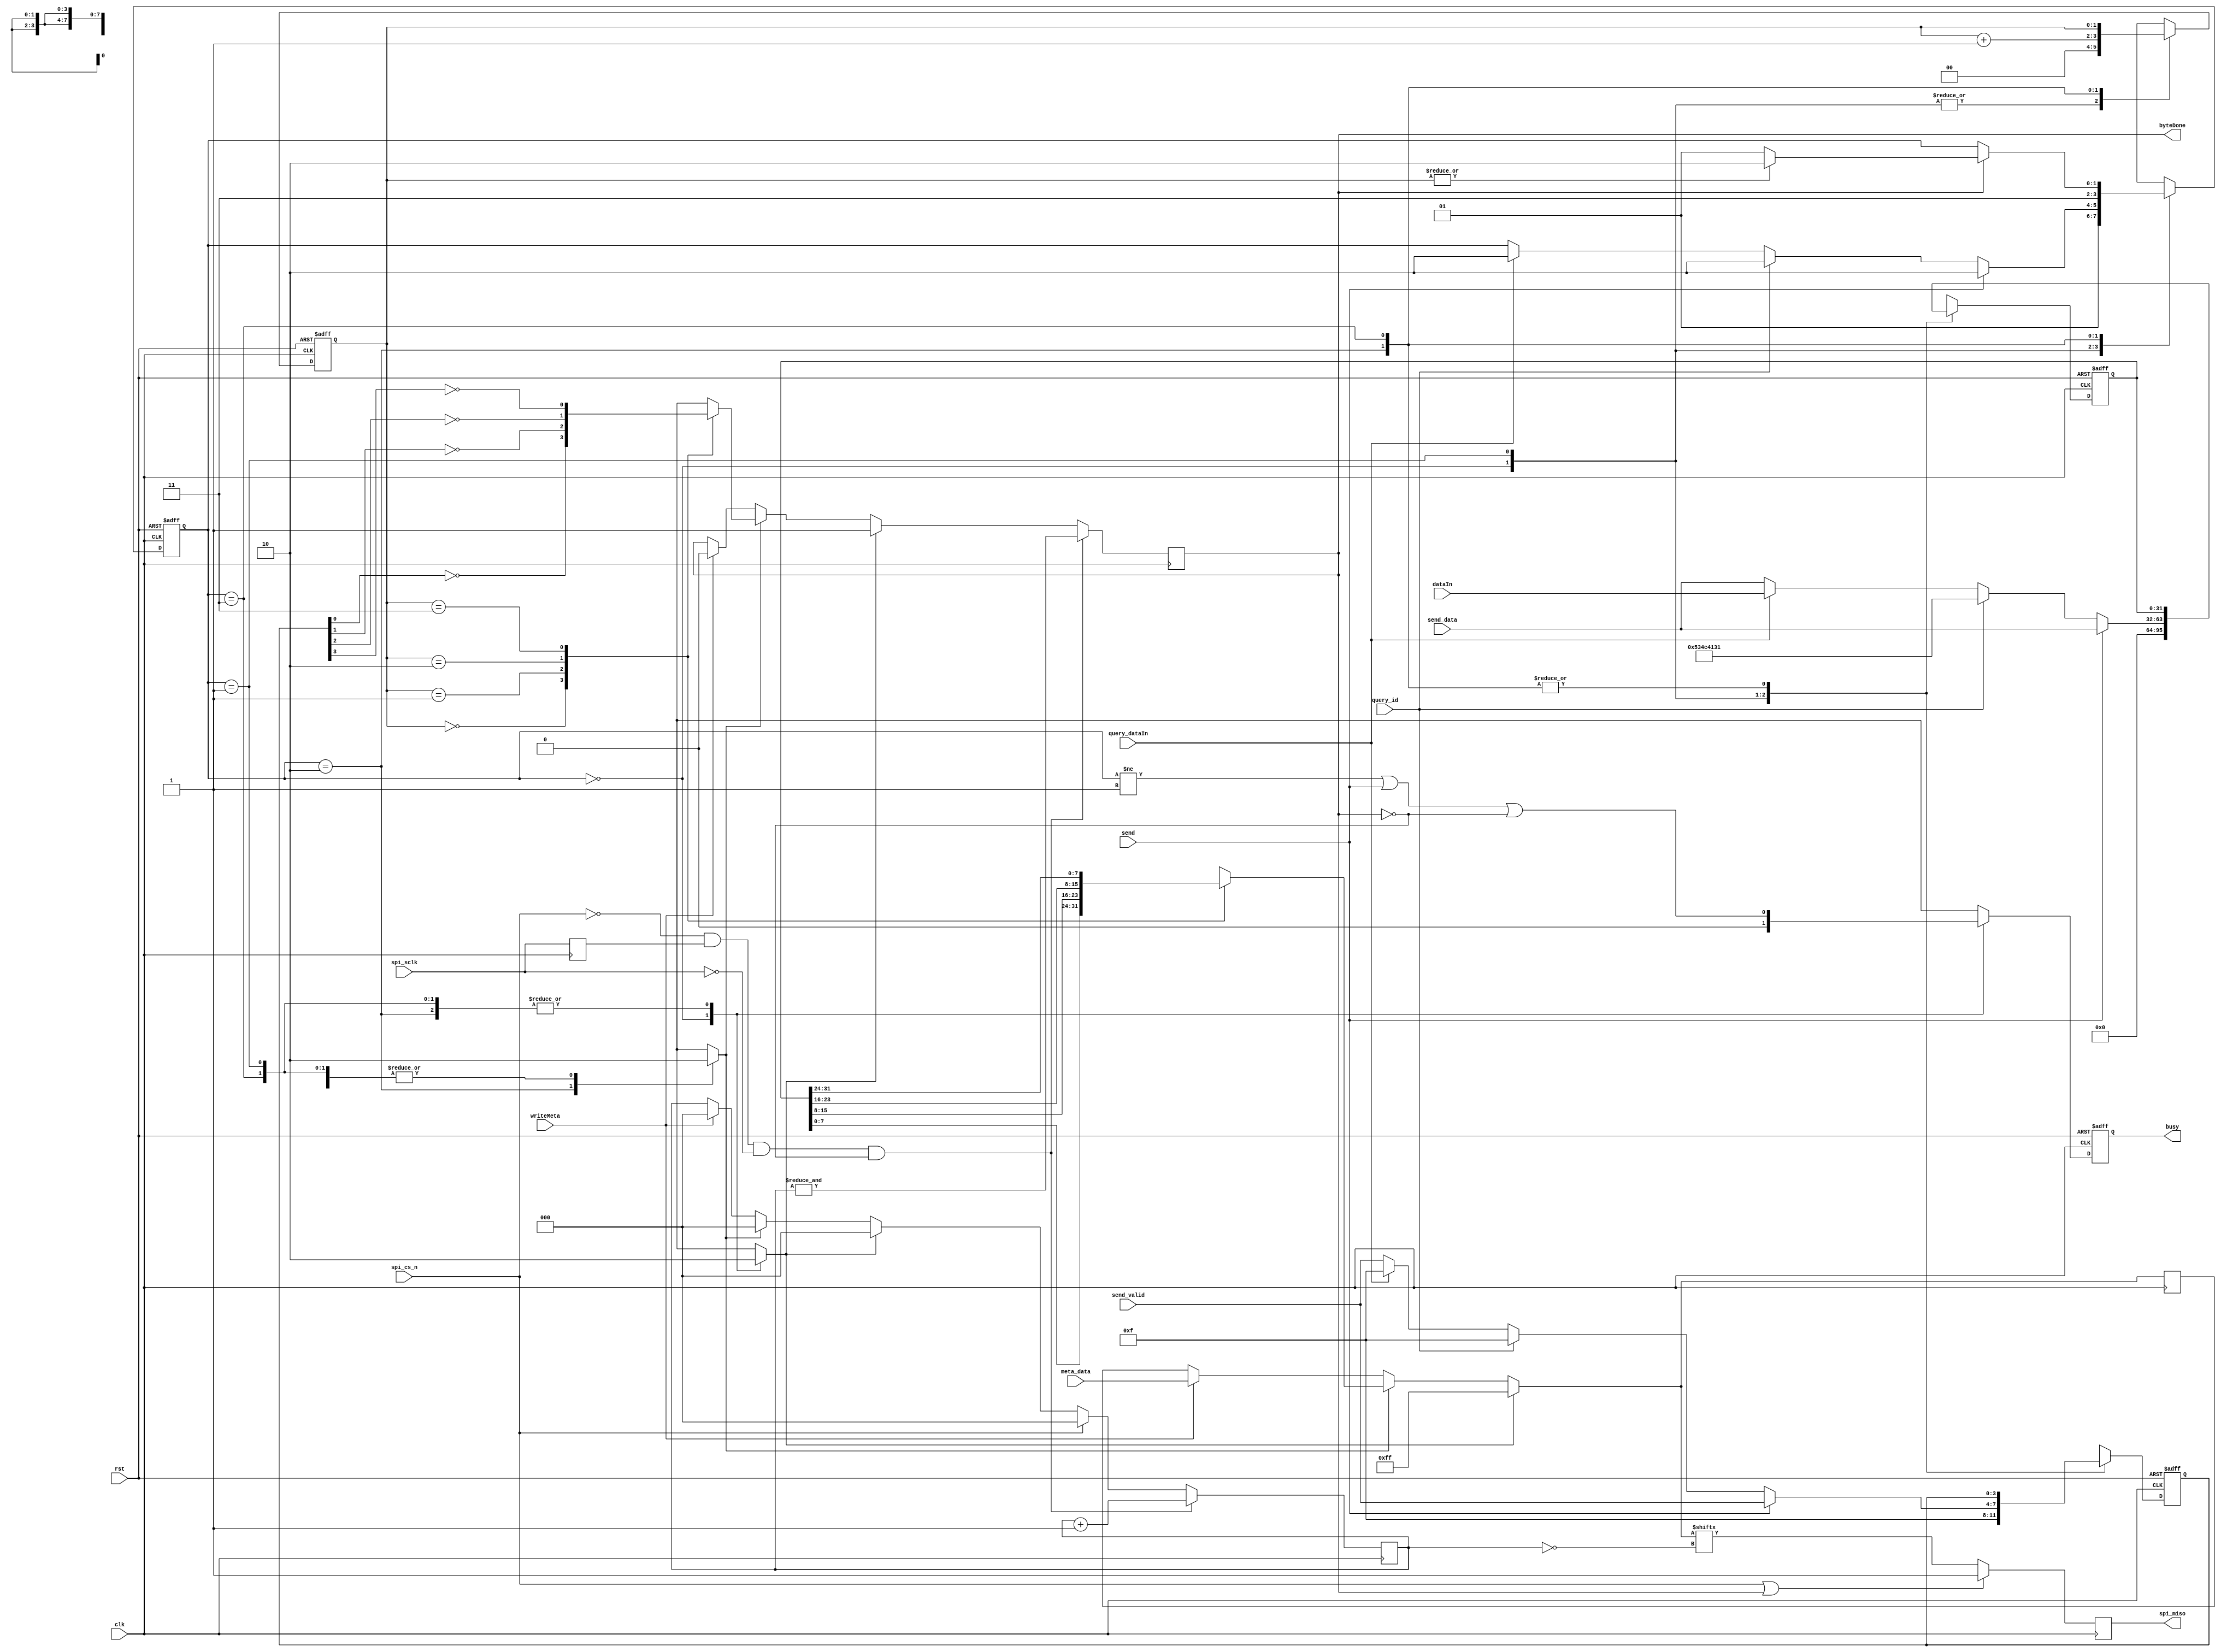
module spi_transmitter (
  // system signals
  input  wire        clk,
  input  wire        rst,
  // SIP signals
  input  wire        spi_cs_n,
  input  wire        spi_sclk,
  output reg         spi_miso,
  //
  input  wire        send,
  input  wire [31:0] send_data,
  input  wire  [3:0] send_valid,
  input  wire        writeMeta,
  input  wire  [7:0] meta_data,
  input  wire        query_id,
  input  wire        query_dataIn,
  input  wire [31:0] dataIn,
  output reg         busy,
  output reg         byteDone
);

reg [31:0] sampled_send_data, next_sampled_send_data;
reg [3:0] sampled_send_valid, next_sampled_send_valid;
reg [2:0] bits, next_bits;
reg [1:0] bytesel, next_bytesel;
reg next_byteDone;
reg dly_sclk, next_dly_sclk; 
reg next_busy;

reg [7:0] txBuffer, next_txBuffer;
reg next_tx;
//wire spi_miso = txBuffer[7];

reg writeReset, writeByte; 


//
// Byte select mux...   Revised for better synth. - IED
//
reg [7:0] dbyte;
reg disabled;
always @*
begin
  dbyte = 0;
  disabled = 0;
  case (bytesel)
    2'h0 : begin dbyte = sampled_send_data[ 7: 0]; disabled = !sampled_send_valid[0]; end
    2'h1 : begin dbyte = sampled_send_data[15: 8]; disabled = !sampled_send_valid[1]; end
    2'h2 : begin dbyte = sampled_send_data[23:16]; disabled = !sampled_send_valid[2]; end
    2'h3 : begin dbyte = sampled_send_data[31:24]; disabled = !sampled_send_valid[3]; end
  endcase
end



//
// Send one byte synchronized to falling edge of SPI clock...
//
always @(posedge clk)
begin
  dly_sclk <= next_dly_sclk;
  bits     <= next_bits;
  byteDone <= next_byteDone;
  txBuffer <= next_txBuffer;
  spi_miso       <= next_tx;
end

always @*
begin
  next_dly_sclk = spi_sclk;
  next_bits = bits;
  next_byteDone = byteDone;
  next_txBuffer = txBuffer;
  next_tx = spi_miso;

  if (writeReset) // simulation clean up - IED
    begin
      next_bits = 0;
      next_byteDone = 1'b1;
      next_txBuffer = 8'hFF;
    end
  else if (writeByte) 
    begin
      next_bits = 0;
      next_byteDone = disabled;
      next_txBuffer = dbyte;
    end
  else if (writeMeta)
    begin
      next_bits = 0;
      next_byteDone = 0;
      next_txBuffer = meta_data;
    end
 
  // The PIC microcontroller asserts CS# in response to FPGA 
  // asserting dataReady (busy signal from this module actually).
  // Until CS# asserts though keep the bits counter reset...
  if (spi_cs_n) next_bits = 0;

  // Output on falling edge of sclk when cs asserted...
  if (!spi_cs_n && dly_sclk && !spi_sclk && !byteDone)
    begin
//      next_txBuffer = {txBuffer,1'b1};
      next_bits = bits + 1'b1;
      next_byteDone = &bits;
    end

  next_tx = (spi_cs_n || byteDone) ? 1'b1 : next_txBuffer[~bits];
end


//
// Control FSM for sending 32 bit words out SPI interface...
//
parameter [1:0] INIT = 0, IDLE = 1, SEND = 2, POLL = 3;
reg [1:0] state, next_state;

initial state = INIT;
always @(posedge clk, posedge rst) 
if (rst) begin
  state              <= INIT;
  sampled_send_data  <= 32'h0;
  sampled_send_valid <= 4'h0;
  bytesel            <= 3'h0;
  busy               <= 1'b0;
end else begin
  state              <= next_state;
  sampled_send_data  <= next_sampled_send_data;
  sampled_send_valid <= next_sampled_send_valid;
  bytesel            <= next_bytesel;
  busy               <= next_busy;
end

always @*
begin
  next_state = state;
  next_sampled_send_data = sampled_send_data;
  next_sampled_send_valid = sampled_send_valid;
  next_bytesel = bytesel;

  next_busy = (state != IDLE) || send || !byteDone;

  writeReset = 1'b0;
  writeByte = 1'b0;

  case (state) // when write is '1', data will be available with next cycle
    INIT :
      begin
	writeReset = 1'b1;
        next_sampled_send_data = 32'h0;
        next_sampled_send_valid = 4'hF;
        next_bytesel = 3'h0;
        next_busy = 1'b0;
	next_state = IDLE;
      end

    IDLE : 
      begin
        next_sampled_send_data = send_data;
        next_sampled_send_valid = send_valid;
	next_bytesel = 0;

        if (send) 
          next_state = SEND;
        else if (query_id) // output dword containing "SLA1" signature
	  begin
            next_sampled_send_data = 32'h534c4131; // "SLA1"
            next_sampled_send_valid = 4'hF;
            next_state = SEND;
          end
        else if (query_dataIn)
	  begin
            next_sampled_send_data = dataIn;
            next_sampled_send_valid = 4'hF;
            next_state = SEND;
	  end
      end

    SEND : // output dword send by controller...
      begin
        writeByte = 1'b1;
        next_bytesel = bytesel + 1'b1;
	next_state = POLL;
      end

    POLL : 
      begin
        if (byteDone)
	  next_state = (~|bytesel) ? IDLE : SEND;
      end

    default : next_state = INIT;
  endcase
end
endmodule